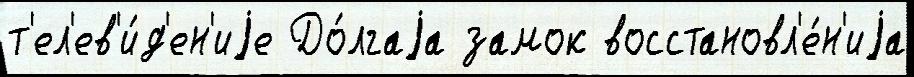
т'ел'ев'и́д'ен'иjе До́лгаjа замок восстановл'е́н'иjа